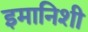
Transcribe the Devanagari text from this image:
इमानिशी